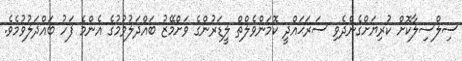
ސިލްސިލާކޮށް ކުރިޔަށްގެންދެވި ސަރަޙައްދީ ކޮމަންވެލްތް ލީޑަރުންގެ ވަށްމޭޒު ބައްދަލުވުމުގެ އެންމެ ފަހު ބައްދަލުވުމެވެ.